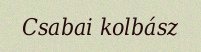
Csabai kolbász